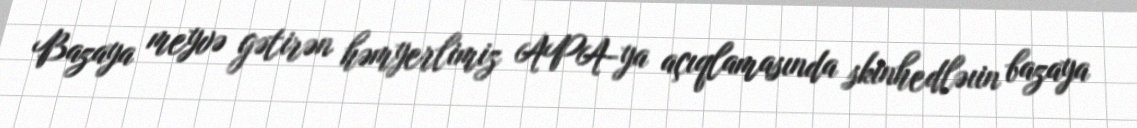
Bazaya meyvə gətirən həmyerlimiz APA-ya açıqlamasında skinhedləıin bazaya